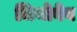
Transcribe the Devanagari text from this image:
जियोवेब